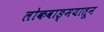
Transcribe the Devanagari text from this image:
लोकवाङ्मयातून